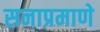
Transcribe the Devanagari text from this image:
सनाप्रमाणे